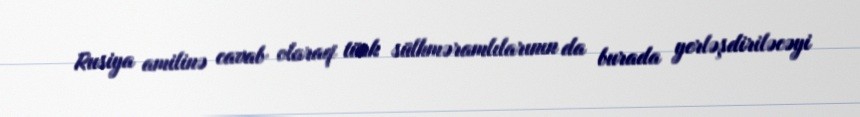
Rusiya amilinə cavab olaraq türk sülhməramlılarının da burada yerləşdiriləcəyi